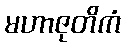
မဟာဇုတိကံ